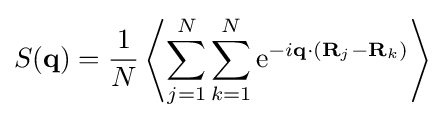
S(\mathbf {q} )={\frac {1}{N}}\left\langle \sum _{j=1}^{N}\sum _{k=1}^{N}\mathrm {e} ^{-i\mathbf {q} \cdot (\mathbf {R} _{j}-\mathbf {R} _{k})}\right\rangle